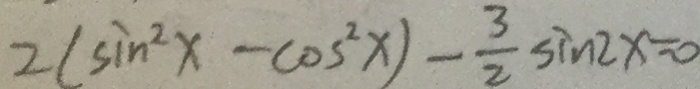
2 ( \sin ^ { 2 } x - \cos ^ { 2 } x ) - \frac { 3 } { 2 } \sin 2 x = 0